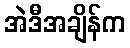
အဲဒီအချိန်က